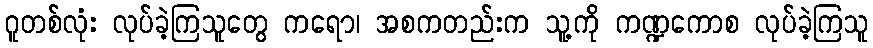
ဂူတစ်လုံး လုပ်ခဲ့ကြသူတွေ ကရော၊ အစကတည်းက သူ့ကို ကဏ္ဍကောစ လုပ်ခဲ့ကြသူ